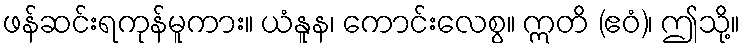
ဖန်ဆင်းရကုန်မူကား။ ယံနူန၊ ကောင်းလေစွ။ ဣတိ (ဧဝံ)၊ ဤသို့။